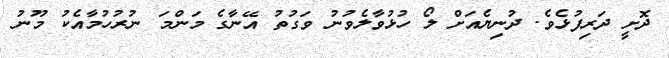
ދޮށީ ދަރިފުޅެވެ. ދުނިޔެއަށް ލޯ ހުޅުވާލެވުނު ވަގުތު އޭނާގެ މަންމަ ނުރުހުމާއެކު މޫނު